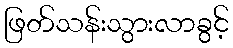
ဖြတ်သန်းသွားလာခွင့်